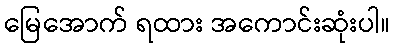
မြေအောက် ရထား အကောင်းဆုံးပါ။